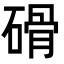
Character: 磆